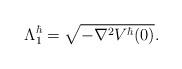
LaTeX: \begin{align*}\Lambda_1^\hbar=\sqrt{-\nabla^2 V^\hbar(0)}.\end{align*}